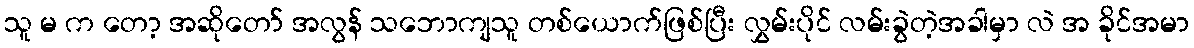
သူ မ က တော့ အဆိုတော် အလွန် သဘောကျသူ တစ်ယောက်ဖြစ်ပြီး လွှမ်းပိုင် လမ်းခွဲတဲ့အခါမှာ လဲ အ ခိုင်အမာ